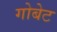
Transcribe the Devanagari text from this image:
गोबेट